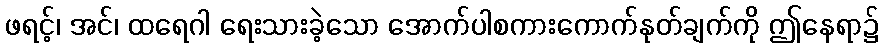
ဖရင့်၊ အင်၊ ထရေဂါ ရေးသားခဲ့သော အောက်ပါစကားကောက်နုတ်ချက်ကို ဤနေရာ၌